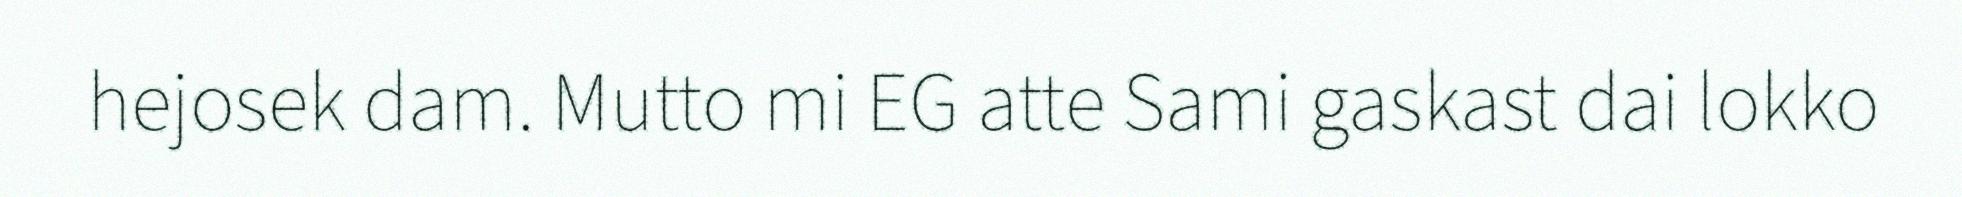
hejosek dam. Mutto mi EG atte Sami gaskast dai lokko